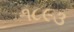
૧૮૯૩